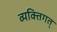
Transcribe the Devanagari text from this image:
व्यक्तिगत्